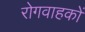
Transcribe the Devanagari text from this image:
रोगवाहकों